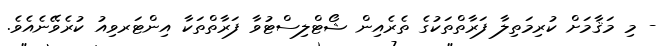
- މި މަޤާމަށް ކުރިމަތިލާ ފަރާތްތަކުގެ ތެރެއިން ޝޯޓްލިސްޓުވާ ފަރާތްތަކާ އިންޓަރވިއު ކުރެވޭނެއެވެ.